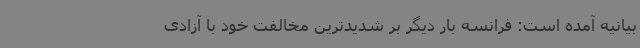
بیانیه آمده است: فرانسه بار دیگر بر شدیدترین مخالفت خود با آزادی